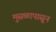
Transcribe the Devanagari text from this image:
मुसळापासून